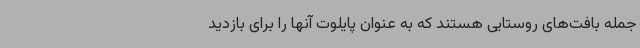
جمله بافت‌های روستایی هستند که به عنوان پایلوت آنها را برای بازدید